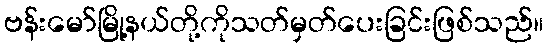
ဗန်းမော်မြို့နယ်တို့ကိုသတ်မှတ်ပေးခြင်းဖြစ်သည်။